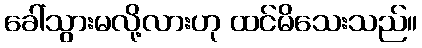
ခေါ်သွားမလို့လားဟု ထင်မိသေးသည်။